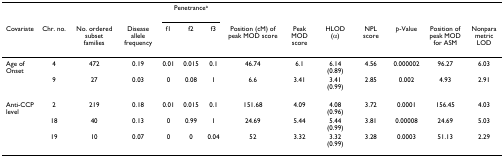
<table><thead><tr><td></td><td></td><td></td><td></td><td colspan="3"><b>Penetrance<sup>a</sup></b></td><td></td><td></td><td></td><td></td><td></td><td></td><td></td></tr><tr><td><b>Covariate</b></td><td><b>Chr. no.</b></td><td><b>No. ordered subset families</b></td><td><b>Disease allele frequency</b></td><td><b>f1</b></td><td><b>f2</b></td><td><b>f3</b></td><td><b>Position (cM) of peak MOD score</b></td><td><b>Peak MOD score</b></td><td><b>HLOD (α)</b></td><td><b>NPL score</b></td><td><b><i>p</i>-Value</b></td><td><b>Position of peak MOD for ASM</b></td><td><b>Nonparametric LOD</b></td></tr></thead><tbody><tr><td>Age of Onset</td><td>4</td><td>472</td><td>0.19</td><td>0.01</td><td>0.015</td><td>0.1</td><td>46.74</td><td>6.1</td><td>6.14 (0.89)</td><td>4.56</td><td>0.000002</td><td>96.27</td><td>6.03</td></tr><tr><td></td><td>9</td><td>27</td><td>0.03</td><td>0</td><td>0.08</td><td>1</td><td>6.6</td><td>3.41</td><td>3.41 (0.99)</td><td>2.85</td><td>0.002</td><td>4.93</td><td>2.91</td></tr><tr><td>Anti-CCP level</td><td>2</td><td>219</td><td>0.18</td><td>0.01</td><td>0.015</td><td>0.1</td><td>151.68</td><td>4.09</td><td>4.08 (0.96)</td><td>3.72</td><td>0.0001</td><td>156.45</td><td>4.03</td></tr><tr><td></td><td>18</td><td>40</td><td>0.13</td><td>0</td><td>0.99</td><td>1</td><td>24.69</td><td>5.44</td><td>5.44 (0.99)</td><td>3.81</td><td>0.00008</td><td>24.69</td><td>5.03</td></tr><tr><td></td><td>19</td><td>10</td><td>0.07</td><td>0</td><td>0</td><td>0.04</td><td>52</td><td>3.32</td><td>3.32 (0.99)</td><td>3.28</td><td>0.0003</td><td>51.13</td><td>2.29</td></tr></tbody></table>